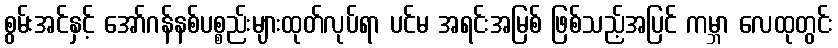
စွမ်းအင်နှင့် အော်ဂန်နစ်ပစ္စည်းများထုတ်လုပ်ရာ ပင်မ အရင်းအမြစ် ဖြစ်သည့်အပြင် ကမ္ဘာ လေထုတွင်း